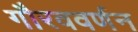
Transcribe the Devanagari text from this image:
गौरववर्णन